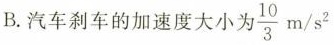
B.汽车刹车的加速度大小为10 $$\frac{10}{3}m/s^{2}$$